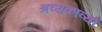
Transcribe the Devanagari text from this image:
श्रव्यकाव्यों